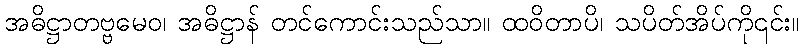
အဓိဋ္ဌာတဗ္ဗမေဝ၊ အဓိဋ္ဌာန် တင်ကောင်းသည်သာ။ ထဝိတာပိ၊ သပိတ်အိပ်ကို၎င်း။